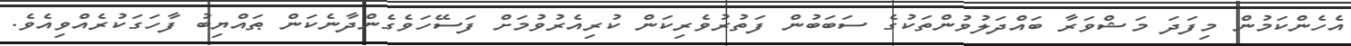
އެހެންކަމުން މިފަދަ މަޝްވަރާ ބައްދަލުވުންތަކުގެ ސަބަބުން ފަތުރުވެރިކަން ކުރިއެރުވުމަށް ފަސޭހަވެގެންދާނެކަން ޠައްޔިބު ފާހަގަކުރެއްވިއެވެ.